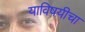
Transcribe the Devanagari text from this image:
याविषयीचा